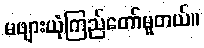
မဖျားယုံကြည်တော်မူတယ်။